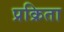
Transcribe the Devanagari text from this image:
प्रक्रिता